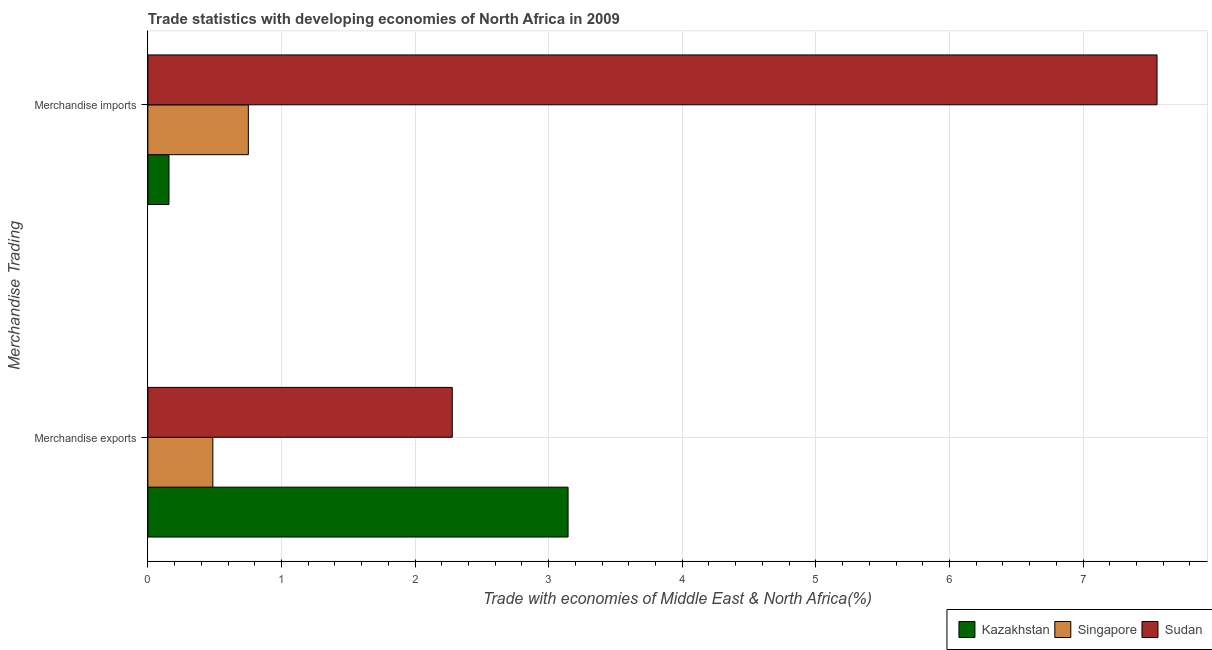
| Merchandise Trading | Kazakhstan | Singapore | Sudan |
 | --- | --- | --- | --- |
 | Merchandise exports | 3.15 | 0.486 | 2.28 |
 | Merchandise imports | 0.158 | 0.752 | 7.55 |